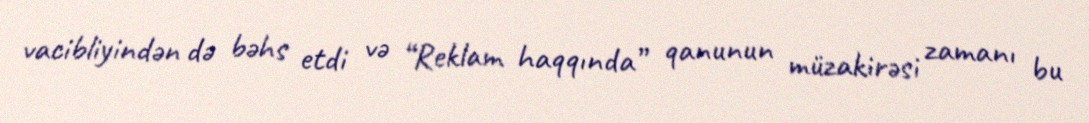
vacibliyindən də bəhs etdi və “Reklam haqqında” qanunun müzakirəsi zamanı bu